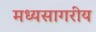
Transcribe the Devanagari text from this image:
मध्यसागरीय